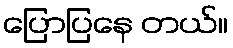
ပြောပြနေ တယ်။